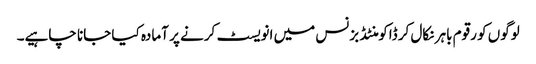
لوگوں کو رقوم باہر نکال کر ڈاکومنٹڈ بزنس میں انویسٹ کرنے پر آمادہ کیا جانا چاہیے۔